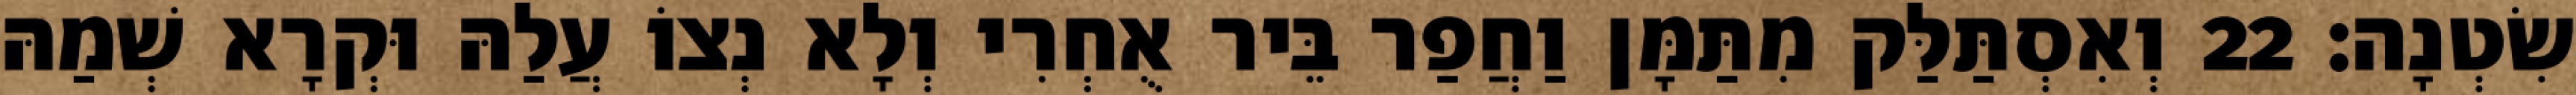
שִׂטְנָה׃ 22 וְאִסְתַּלַּק מִתַּמָּן וַחֲפַר בֵּיר אֻחְרִי וְלָא נְצוֹ עֲלַהּ וּקְרָא שְׁמַהּ